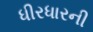
ધીરધારની